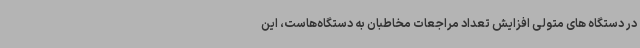
در دستگاه های متولی افزایش تعداد مراجعات مخاطبان به دستگاه‌هاست، این